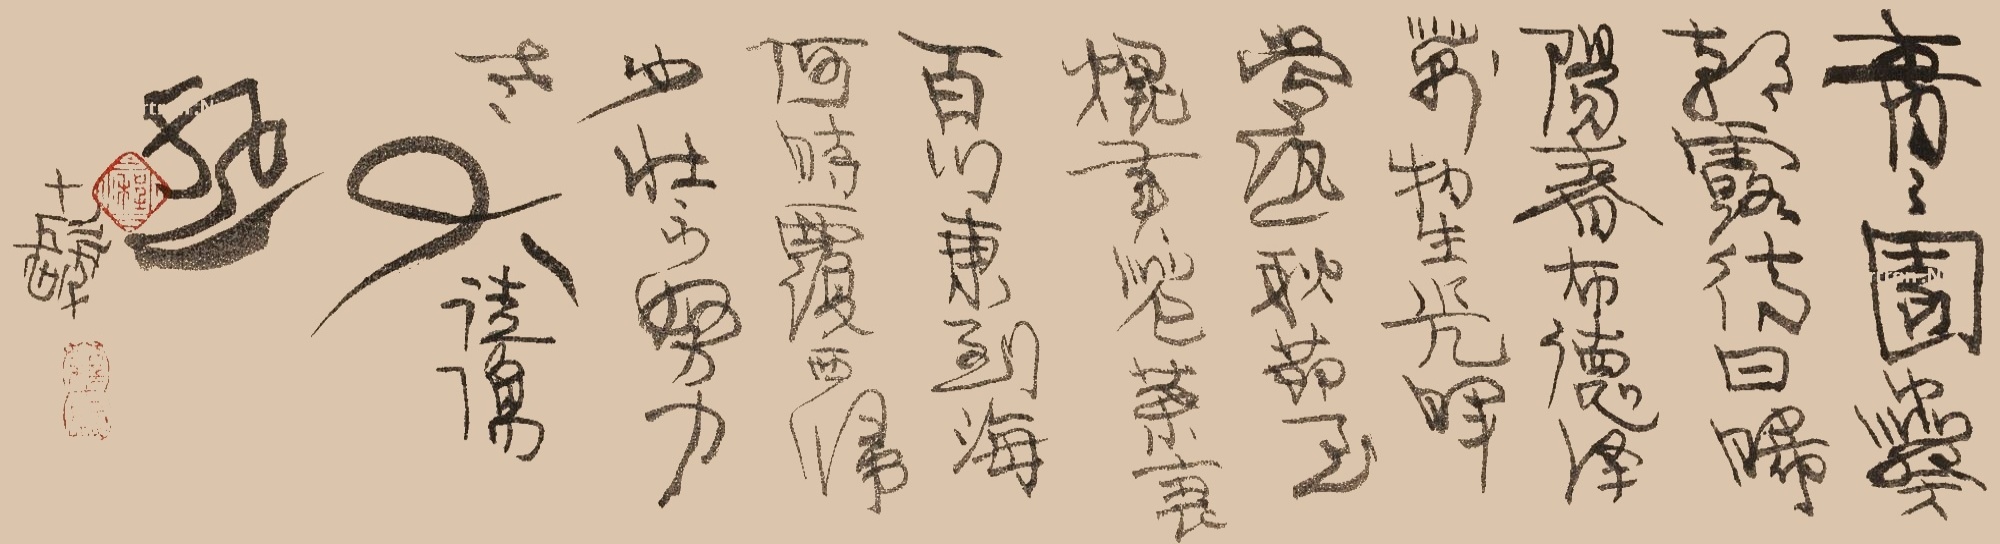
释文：青青园中葵，朝露待日晞。阳春布德泽，万物生光辉。常恐秋节至，焜黄华叶衰。百川东到海，何时复西归？少壮不努力，老大徒伤悲。十发。